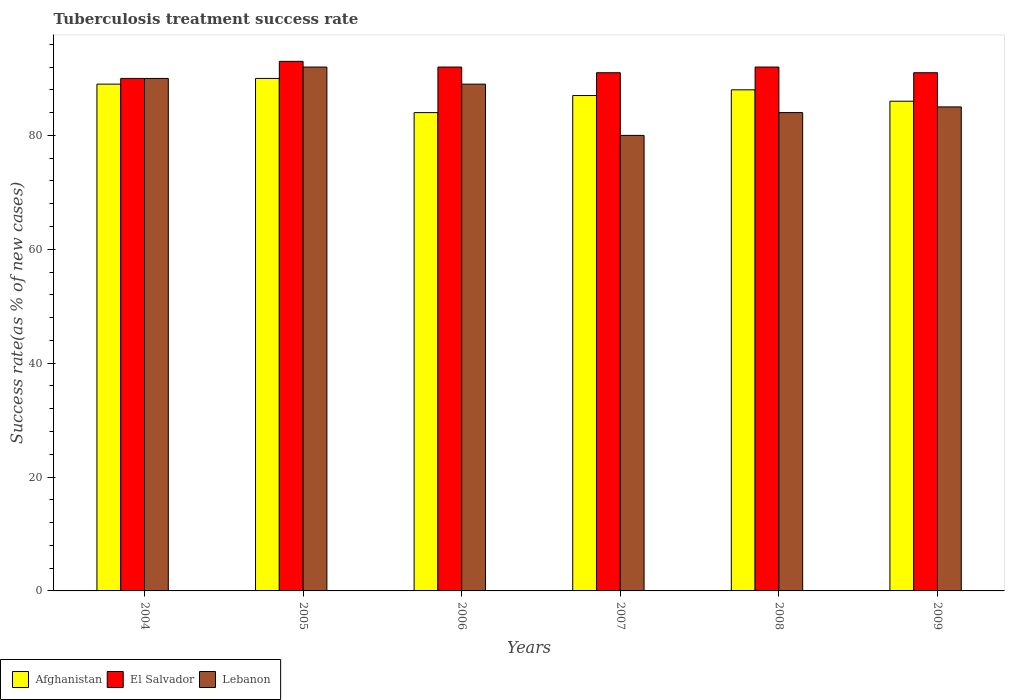
| Years | Afghanistan | El Salvador | Lebanon |
 | --- | --- | --- | --- |
 | 2004 | 89 | 90 | 90 |
 | 2005 | 90 | 93 | 92 |
 | 2006 | 84 | 92 | 89 |
 | 2007 | 87 | 91 | 80 |
 | 2008 | 88 | 92 | 84 |
 | 2009 | 86 | 91 | 85 |